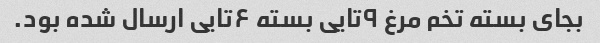
بجای بسته تخم مرغ ۹تایی بسته ۶تایی ارسال شده بود.